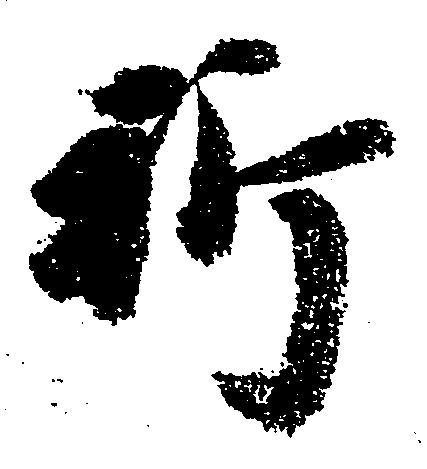
祈